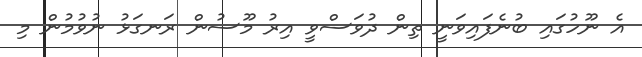
އެ ނޫހުގައި ބުނެފައިވަނީ ތިން ދުވަސްވީ އިރު މޫސުން ރަނގަޅު ނުވުމުން މި